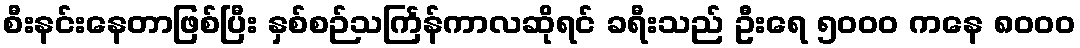
စီးနင်းနေတာဖြစ်ပြီး နှစ်စဉ်သင်္ကြန်ကာလဆိုရင် ခရီးသည် ဦးရေ ၅၀၀၀ ကနေ ၈၀၀၀